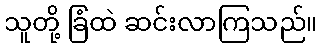
သူတို့ ခြံထဲ ဆင်းလာကြသည်။